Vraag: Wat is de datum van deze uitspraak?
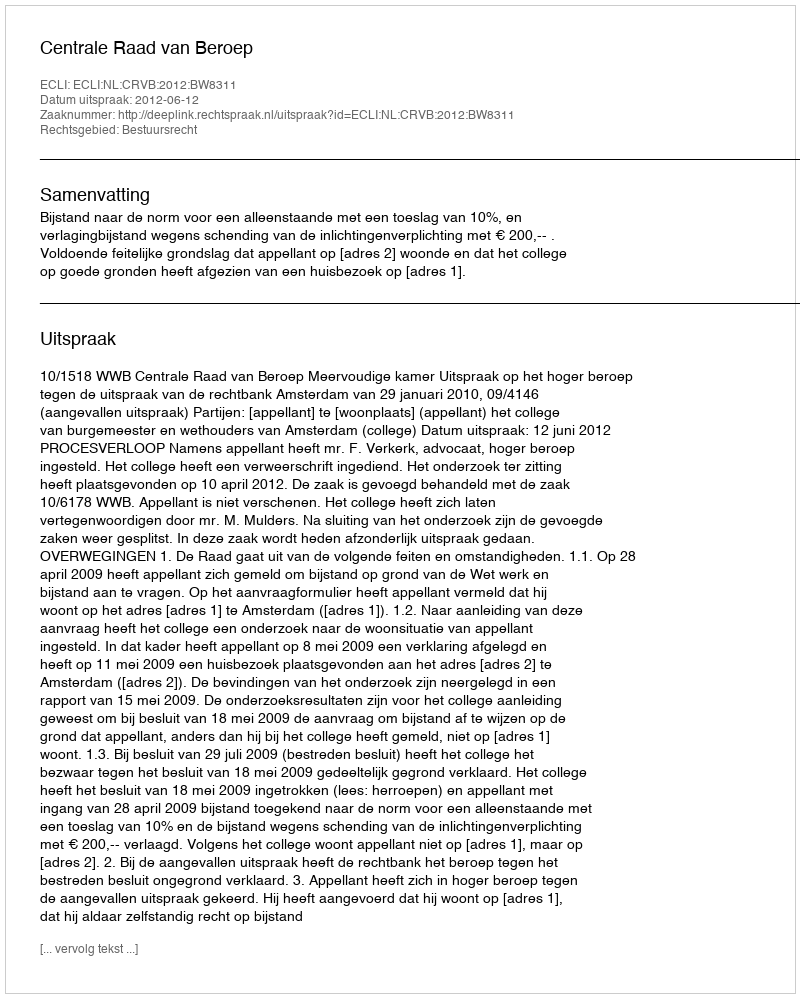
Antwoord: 2012-06-12